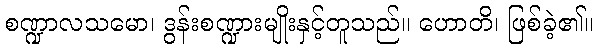
စဏ္ဍာလသမော၊ ဒွန်းစဏ္ဍားမျိုးနှင့်တူသည်။ ဟောတိ၊ ဖြစ်ခဲ့၏။